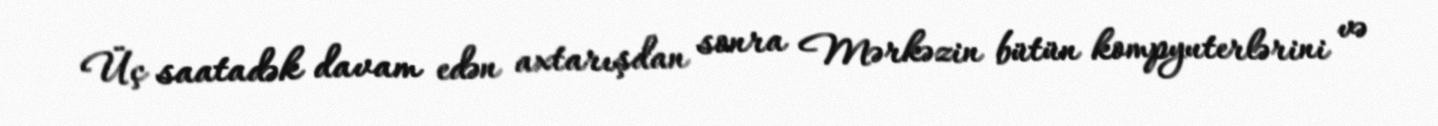
Üç saatadək davam edən axtarışdan sonra Mərkəzin bütün kompyuterlərini və